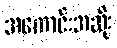
အကောင်းအဆိုး